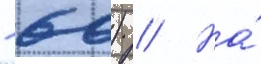
- 60) // На́